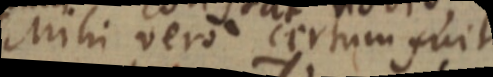
Mihi vero certum fuit